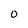
Character: 0